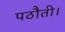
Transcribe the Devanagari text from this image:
पठौती।